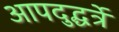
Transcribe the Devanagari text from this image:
आपदुद्धर्त्रे